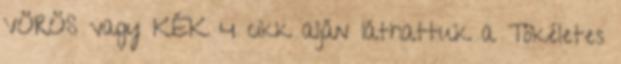
VÖRÖS vagy KÉK 4 cikk alján láthattuk a Tökéletes